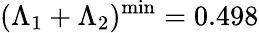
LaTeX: (\Lambda_{1}+\Lambda_{2})^{\mathrm{min}}=0.498